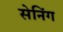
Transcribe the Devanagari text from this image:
सेनिंग